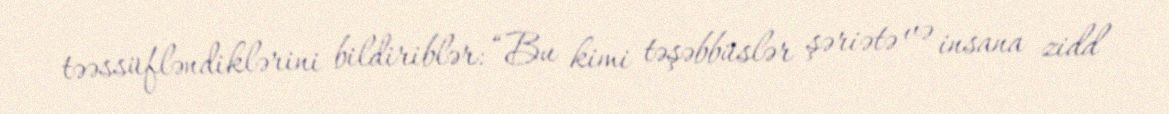
təəssüfləndiklərini bildiriblər: “Bu kimi təşəbbüslər şəriətə və insana zidd